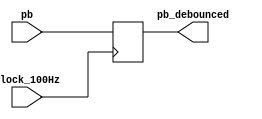
module debounce(pb, clock_100Hz, pb_debounced);

input pb, clock_100Hz;
output reg pb_debounced;

//reg PB_sync_0; always @(posedge clock_100Hz) PB_sync_0 <= ~pb;
//reg PB_sync_1; always @(posedge clock_100Hz) PB_sync_1 <= PB_sync_0;

//reg [15:0] PB_cnt;

//reg PB_state;
//wire PB_idle = (PB_state==PB_sync_1);
//wire PB_cnt_max = &PB_cnt;

// Debounce Button: Filters out mechanical switch bounce for around 40Ms.
// Debounce clock should be approximately 10ms
always @(posedge clock_100Hz)
begin

	pb_debounced <= pb;
	
//	if(PB_idle)
//		PB_cnt <= 0;
//	else
//	begin
//		PB_cnt <= PB_cnt + 1;
//		if(PB_cnt_max)
//		begin
//			PB_state <= ~PB_state;
//			pb_debounced <= PB_state;
//		end
//	end


end
endmodule


//	SHIFT_PB[2:0] <= SHIFT_PB[3:1];
//	SHIFT_PB[3] <= ~pb;
//	if (SHIFT_PB == "0000")
//		pb_debounced <= 1;
//	else
//		pb_debounced <= 0;

//reg [19:0] count = 0;
//reg	temp = 0;

//reg [3:0] SHIFT_PB =0;
//integer cnt;
//parameter msb = 19;
//reg [msb:0] delay_cntr = 0;
//reg [3:0] SHIFT_PB;

//	if(rst)
//	begin
//		temp <= pb;
//		pb_debounced <= pb;
//		count <= 0;
//	end
//	else if (pb != temp)
//	begin	
//		temp <= pb;
//		count <= 0;
//	end
//	else if (count == 480000)
//	begin
//		pb_debounced <= temp;
//	end